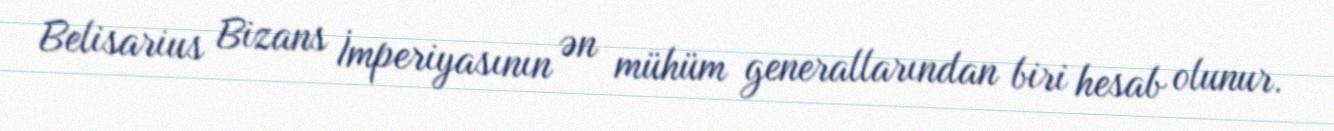
Belisarius Bizans İmperiyasının ən mühüm generallarından biri hesab olunur.